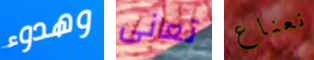
وهدوء تعانى نعناع